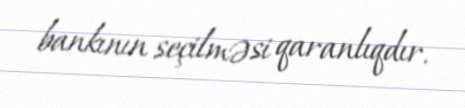
bankının seçilməsi qaranlıqdır.